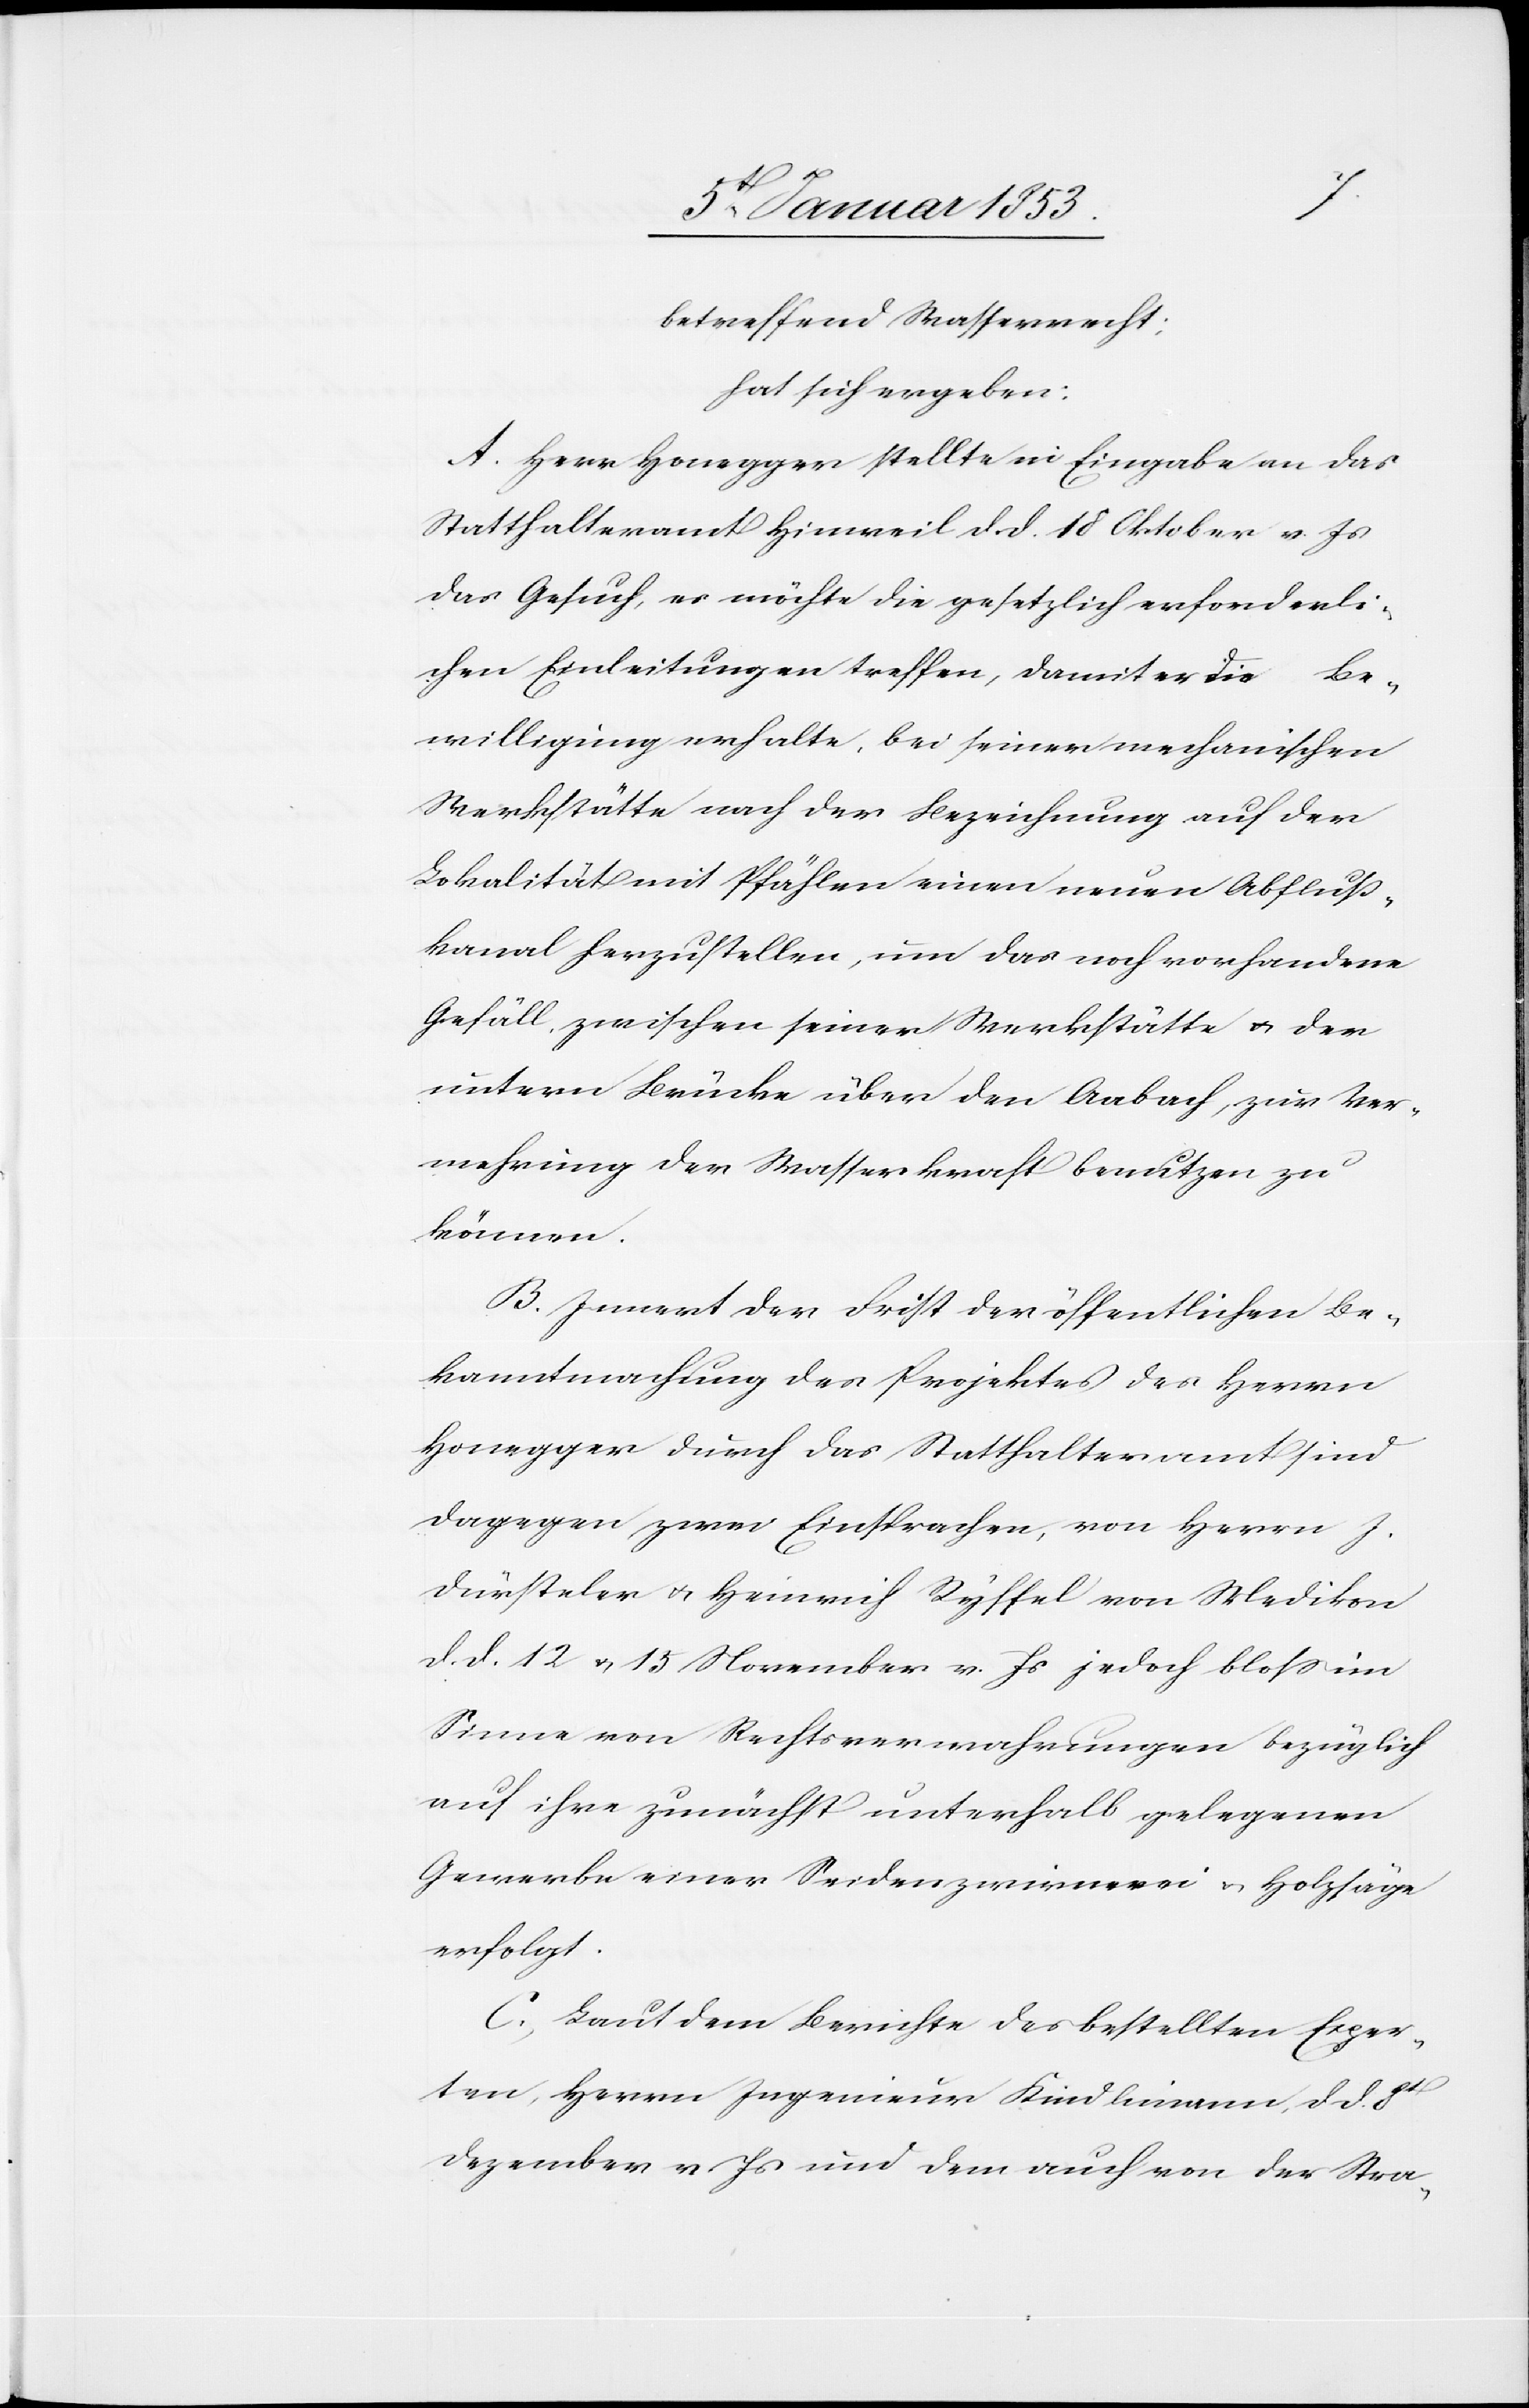
betreffend Wasserrecht;
hat sich ergeben:
Herr Honegger stellte in Eingabe an das
Statthalteramt Hinweil d. d. 18. Oktober v. Js.
das Gesuch, er möchte die gesetzlich erforderli¬
chen Einleitungen treffen, damit er die
Be¬
willigung erhalte bei seiner mechanischen
Werkstätte nach der Bezeichnung auf der
Lokalität mit Pfählen einen neuen Abfluß¬
kanal herzustellen, um das noch vorhandene
Gefäll, zwischen seiner Werkstätte u. der
untern Brücke über den Aabach, zur Ver¬
mehrung der Wasserkraft benutzen zu
können.
Innert der Frist der öffentlichen Be¬
kanntmachung des Projektes des Herrn
Honegger durch das Statthalteramt sind
dagegen zwar Einsprachen, von Herrn J.
Dürsteler u. Heinrich Ryffel von Medikon
d. d. 12 u. 13 November v. Js. jedoch bloss im
Sinne von Rechtsverwahrungen bezüglich
auf ihre zunächst unterhalb gelegenen
Gewerbe einer Seidenzwirnerei u. Holzsäge
erfolgt.
Laut dem Berichte des bestellten Exper¬
ten, Herrn Ingenieur Kindlimann d. d. 8t.
Dezember v. Js. und dem auch von der Stra-